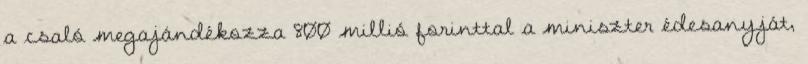
a csaló megajándékozza 800 millió forinttal a miniszter édesanyját,